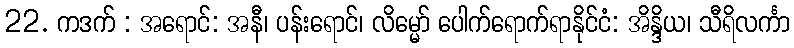
22. ကဒက် : အရောင်: အနီ၊ ပန်းရောင်၊ လိမ္မော် ပေါက်ရောက်ရာနိုင်ငံ: အိန္ဒိယ၊ သီရိလင်္ကာ